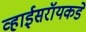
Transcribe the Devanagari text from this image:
व्हाईसरॉयकडे